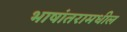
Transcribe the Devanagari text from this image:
भाषांतरामधील